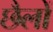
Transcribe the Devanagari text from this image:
छैलों